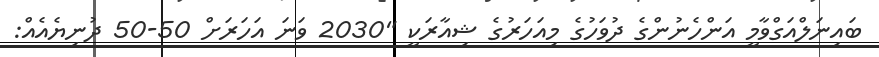
ބައިނަލްއަގްވާމީ އަންހެނުންގެ ދުވަހުގެ މިއަހަރުގެ ޝިއާރަކީ "2030 ވަނަ އަހަރަށް 50-50 ދުނިޔެއެއް: